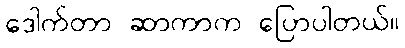
ဒေါက်တာ ဆာကာက ပြောပါတယ်။